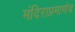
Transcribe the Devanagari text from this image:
मंदिराप्रमाणेच